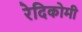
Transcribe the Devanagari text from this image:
रेदिकोमी